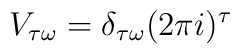
V_{\tau\omega}=\delta_{\tau\omega}(2\pi i)^{\tau}